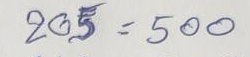
205 = 500